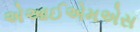
એઆઈએમએસ